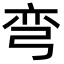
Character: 弯